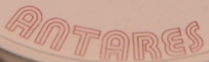
ANTARES